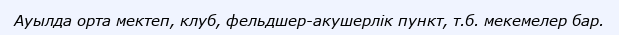
Ауылда орта мектеп, клуб, фельдшер-акушерлік пункт, т.б. мекемелер бар.